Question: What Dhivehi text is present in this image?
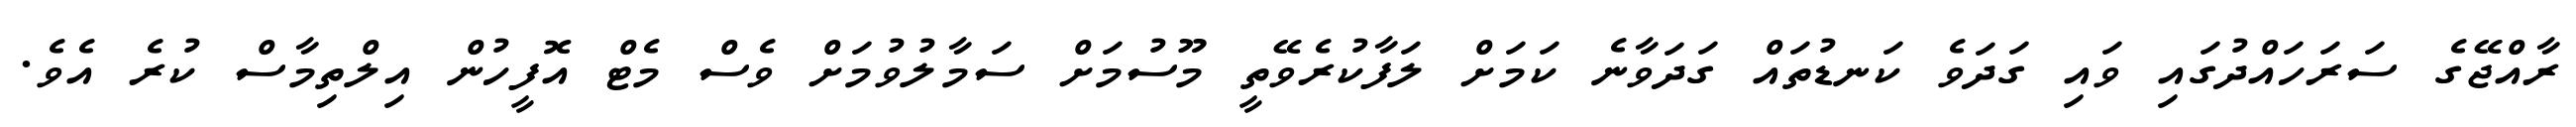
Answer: ރާއްޖޭގެ ސަރަހައްދުގައި ވައި ގަދަވެ ކަނޑުތައް ގަދަވާނެ ކަމަށް ލަފާކުރެވޭތީ މޫސުމަށް ސަމާލުވުމަށް ވެސް މެޓް އޮފީހުން އިލްތިމާސް ކުރެ އެވެ.